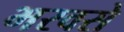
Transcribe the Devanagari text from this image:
भरवसे